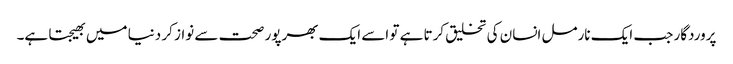
پروردگار جب ایک نارمل انسان کی تخلیق کرتا ہے تو اسے ایک بھرپور صحت سے نواز کر دنیا میں بھیجتا ہے۔